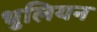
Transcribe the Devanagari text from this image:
धुलियन